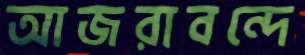
আজরাবন্দে